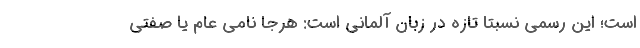
است؛ این رسمی نسبتا تازه در زبان آلمانی است: هرجا نامی عام یا صفتی